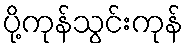
ပို့ကုန်သွင်းကုန်